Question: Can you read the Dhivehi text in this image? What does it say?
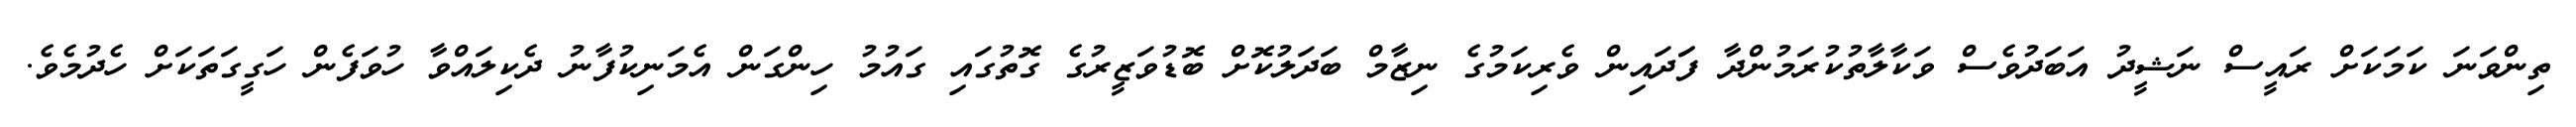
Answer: ތިންވަނަ ކަމަކަށް ރައީސް ނަޝީދު އަބަދުވެސް ވަކާލާތުކުރަމުންދާ ފަަދައިން ވެރިކަމުގެ ނިޒާމް ބަދަލުކޮށް ބޮޑުވަޒީރުގެ ގޮތުގައި ގައުމު ހިންގަން އެމަނިކުފާނު ދެކިލައްވާ ހުވަފެން ހަގީގަތަކަށް ހެދުމެވެ.